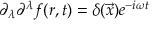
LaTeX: \partial _ { \lambda } \partial ^ { \lambda } f ( r , t ) = \delta ( \vec { x } ) e ^ { - i \omega t }